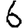
Digit: 6